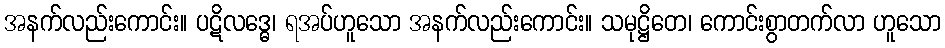
အနက်လည်းကောင်း။ ပဋိလဒ္ဓေ၊ ရအပ်ဟူသော အနက်လည်းကောင်း။ သမုဋ္ဌိတေ၊ ကောင်းစွာတက်လာ ဟူသော